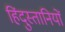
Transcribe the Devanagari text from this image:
हिंदुस्तानियों